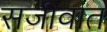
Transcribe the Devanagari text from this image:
सजीवात